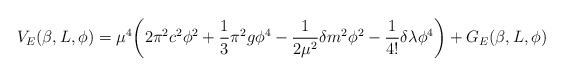
\begin{align*}V_{E}(\beta,L,\phi)=\mu^{4}\biggl(2\pi^{2}c^{2}\phi^{2}+\frac{1}{3}\pi^{2}g\phi^{4}-\frac{1}{2\mu^{2}}\delta m^{2}\phi^{2}-\frac{1}{4!}\delta\lambda\phi^{4}\biggr)+G_{E}(\beta,L,\phi)\end{align*}